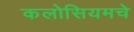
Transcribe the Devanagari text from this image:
कलोसियमचे